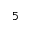
5